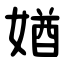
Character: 媨